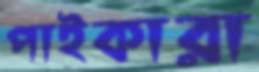
পাইকারা